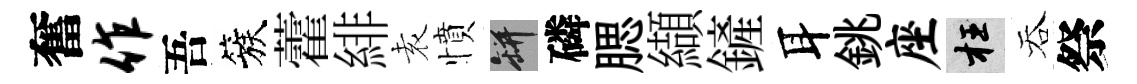
奮作吾簇藿緋𡊮憤瓶磷腮纈鏟耳銚座枉吞祭